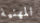
المهنية